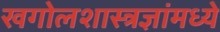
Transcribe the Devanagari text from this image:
खगोलशास्त्रज्ञांमध्ये